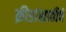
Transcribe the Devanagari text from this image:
क्रीडांसाठीचे